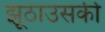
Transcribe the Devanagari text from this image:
झूठाउसकी